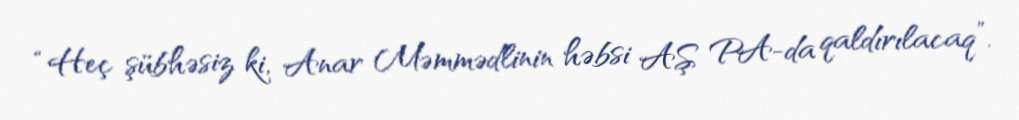
“Heç şübhəsiz ki, Anar Məmmədlinin həbsi AŞ PA-da qaldırılacaq”.